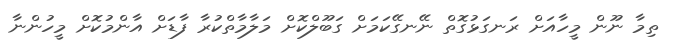
ތިމާ ނޫން މީހާއަށް ރަނގަޅުގޮތް ނޭނގޭކަމަށް ގަބޫލްކޮށް މަލާމާތްކުރާ ފާޑަށް އާންމުކޮށް މީހުންނާ